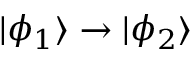
| \phi _ { 1 } \rangle \rightarrow | \phi _ { 2 } \rangle